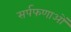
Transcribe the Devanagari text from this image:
सर्पफणाओं